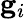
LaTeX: \mathbf{g}_{i}